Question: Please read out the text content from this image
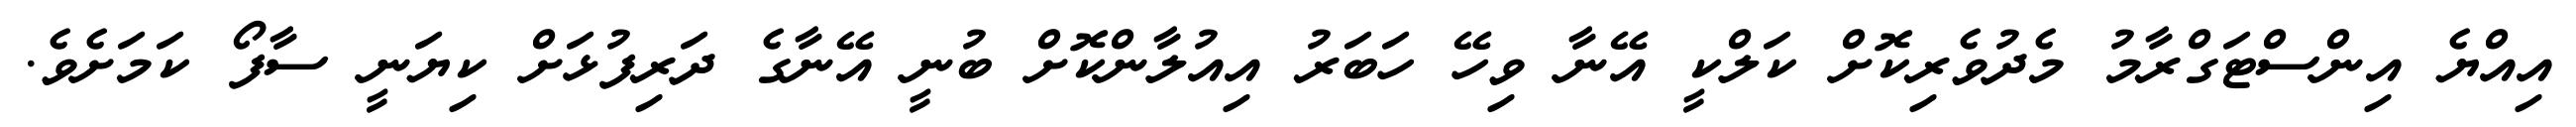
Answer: އިއްޔެ އިންސްޓަގްރާމު މެދުވެރިކޮށް ކަލްކީ އޭނާ ވިހޭ ހަބަރު އިއުލާންކޮށް ބުނީ އޭނާގެ ދަރިފުޅަށް ކިޔަނީ ސާފޯ ކަމަށެވެ.